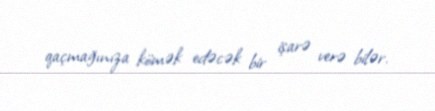
qaçmağınıza kömək edəcək bir işarə verə bilər.